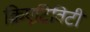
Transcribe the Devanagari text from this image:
क्रिएटिविटी